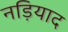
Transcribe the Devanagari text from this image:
नड़ियाद